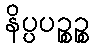
နိပ္ပပဉ္စဉ္စ